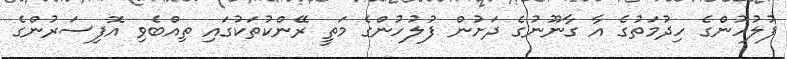
ފުލުހުންގެ ހިދުމަތުގެ އާ ގާނޫނުގެ ދަށުން ފުލުހުންގެ މަތީ ރޭންކުތަކުގައި ތިއްބެވި އޮފިސަރުންގެ